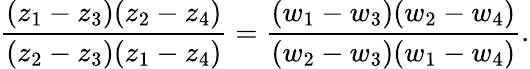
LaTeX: {\frac{(z_{1}-z_{3})(z_{2}-z_{4})}{(z_{2}-z_{3})(z_{1}-z_{4})}}={\frac{(w_{1}-w_{3})(w_{2}-w_{4})}{(w_{2}-w_{3})(w_{1}-w_{4})}}.